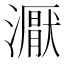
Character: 𰝜